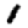
Digit: 1